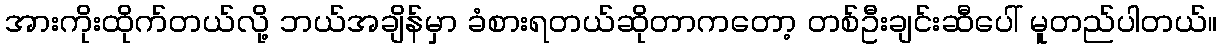
အားကိုးထိုက်တယ်လို့ ဘယ်အချိန်မှာ ခံစားရတယ်ဆိုတာကတော့ တစ်ဦးချင်းဆီပေါ် မူတည်ပါတယ်။